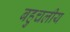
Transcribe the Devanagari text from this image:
बहुचलीय